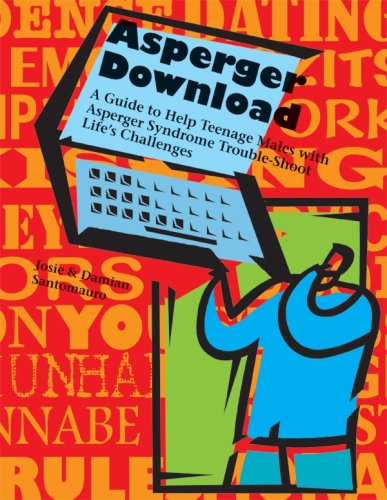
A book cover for Asperger Download: A guide to Help Teenage Males with Asperger Syndrome Trouble-Shoot Life's Challenges; Josie Santomauro and Damian Santomauro; Teen & Young Adult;